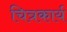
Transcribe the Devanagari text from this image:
चित्रकार्य